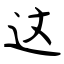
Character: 这